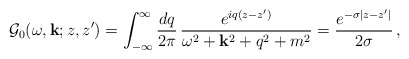
\begin{align*}{\cal G}_0(\omega,{\bf k};z,z')=\int_{-\infty}^{\infty}\frac{dq}{2\pi}\,\frac{e^{iq(z-z')}}{\omega^2+{\bf k}^2+q^2+m^2}=\frac{e^{-\sigma|z-z'|}}{2\sigma}\,,\end{align*}